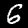
Label: 6